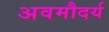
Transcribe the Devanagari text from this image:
अवमौदर्य